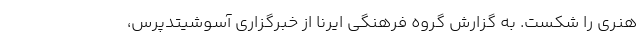
هنری را شکست. به گزارش گروه فرهنگی ایرنا از خبرگزاری آسوشیتدپرس،